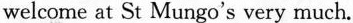
welcome at St Mungo's very much.